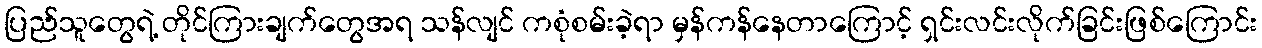
ပြည်သူတွေရဲ့ တိုင်ကြားချက်တွေအရ သန်လျင် ကစုံစမ်းခဲ့ရာ မှန်ကန်နေတာကြောင့် ရှင်းလင်းလိုက်ခြင်းဖြစ်ကြောင်း